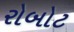
રોબોટ